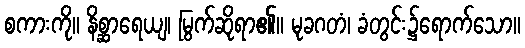
စကားကို။ နိစ္ဆာရေယျ၊ မြွက်ဆိုရာ၏။ မုခဂတံ၊ ခံတွင်း၌ရောက်သော။